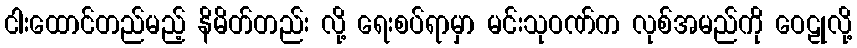
ငါးထောင်တည်မည့် နိမိတ်တည်း လို့ ရေးစပ်ရာမှာ မင်းသုဝဏ်က လုစ်အမည်ကို ဝေဠုလို့